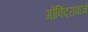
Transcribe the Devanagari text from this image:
गोविंदरावांचे